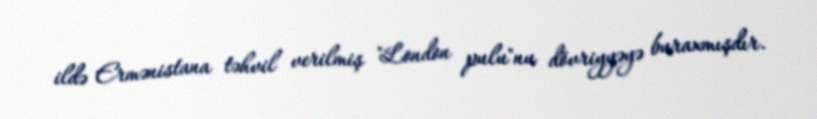
ildə Ermənistana təhvil verilmiş "London pulu"nu dövriyyəyə buraxmışdır.